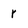
Character: r